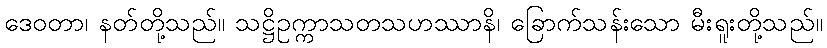
ဒေဝတာ၊ နတ်တို့သည်။ သဋ္ဌိဥက္ကာသတသဟဿာနိ၊ ခြောက်သန်းသော မီးရူးတို့သည်။